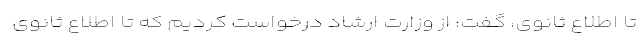
تا اطلاع ثانوی، گفت: از وزارت ارشاد درخواست کردیم که تا اطلاع ثانوی